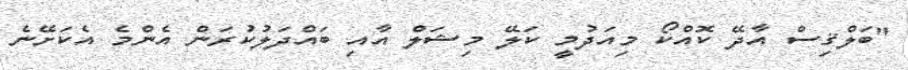
"ބަލްޤިސް އާދޭ ކޮއްކޯ މިއަދުމީ ކަލޭ މިޝަލް އާއި ބައްދަލުކުރަން އެންމެ އެކަށޭނެ